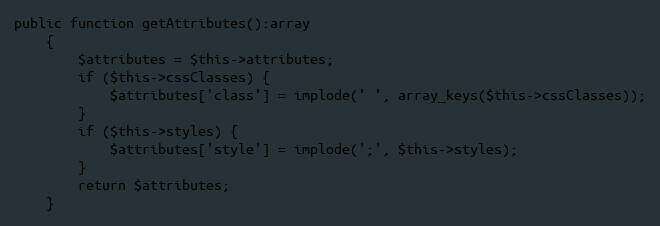
Language: PHP
public function getAttributes():array
    {
        $attributes = $this->attributes;
        if ($this->cssClasses) {
            $attributes['class'] = implode(' ', array_keys($this->cssClasses));
        }
        if ($this->styles) {
            $attributes['style'] = implode(';', $this->styles);
        }
        return $attributes;
    }